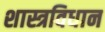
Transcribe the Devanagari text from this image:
शास्त्रविधान